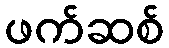
ဖက်ဆစ်